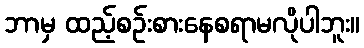
ဘာမှ ထည့်စဉ်းစားနေစရာမလိုပါဘူး။